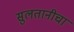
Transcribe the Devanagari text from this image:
सुलतानीचा